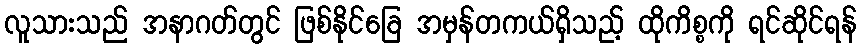
လူသားသည် အနာဂတ်တွင် ဖြစ်နိုင်ခြေ အမှန်တကယ်ရှိသည့် ထိုကိစ္စကို ရင်ဆိုင်ရန်